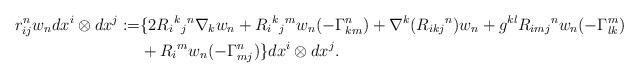
LaTeX: \begin{align*}\begin{aligned}r_{ij}^nw_ndx^i\otimes dx^j:=&\{2R_i{}^k{}_j{}^n\nabla_kw_n +R_{i}{}^k{}_j{}^mw_n(-\Gamma_{km}^n)+\nabla^k({R_{ikj}}^n)w_n +g^{kl}{R_{imj}}^nw_n (-\Gamma_{lk}^m)\\ &+R_i{}^m w_n (-\Gamma_{mj}^n)\}dx^i\otimes dx^j.\end{aligned}\end{align*}